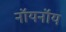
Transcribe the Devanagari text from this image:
नॉयनॉय